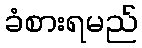
ခံစားရမည်